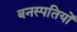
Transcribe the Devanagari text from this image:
बनस्पतियों